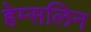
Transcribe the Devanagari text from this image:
हेम्सलिन